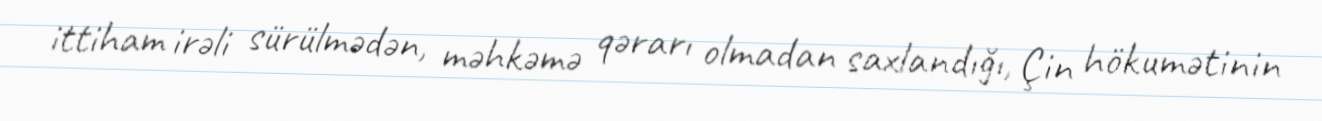
ittiham irəli sürülmədən, məhkəmə qərarı olmadan saxlandığı, Çin hökumətinin